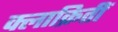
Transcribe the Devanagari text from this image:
क्लाक्रितीं